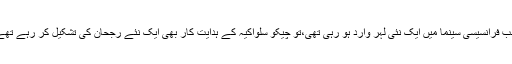
جب فرانسیسی سینما میں ایک نئی لہر وارد ہو رہی تھی،تو چیکو سلواکیہ کے ہدایت کار بھی ایک نئے رُجحان کی تشکیل کر رہے تھے۔